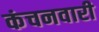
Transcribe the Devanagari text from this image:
कंचनवारी